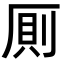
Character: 厠